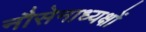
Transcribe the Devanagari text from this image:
नौसेनाध्यक्षों